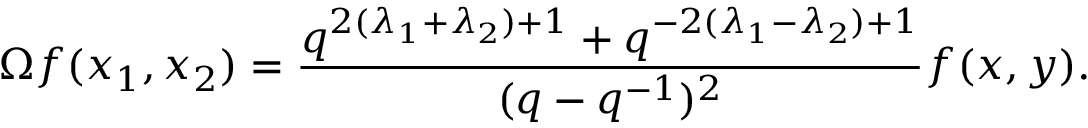
\Omega f ( x _ { 1 } , x _ { 2 } ) = \frac { q ^ { 2 ( \lambda _ { 1 } + \lambda _ { 2 } ) + 1 } + q ^ { - 2 ( \lambda _ { 1 } - \lambda _ { 2 } ) + 1 } } { ( q - q ^ { - 1 } ) ^ { 2 } } f ( x , y ) .